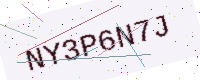
Text: NY3P6N7J